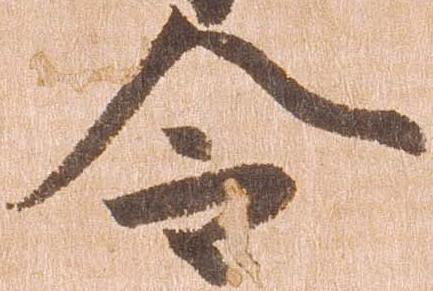
令